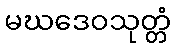
မဃဒေဝသုတ္တံ